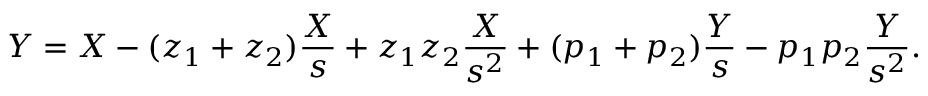
Y = X - ( z _ { 1 } + z _ { 2 } ) { \frac { X } { s } } + z _ { 1 } z _ { 2 } { \frac { X } { s ^ { 2 } } } + ( p _ { 1 } + p _ { 2 } ) { \frac { Y } { s } } - p _ { 1 } p _ { 2 } { \frac { Y } { s ^ { 2 } } } .